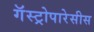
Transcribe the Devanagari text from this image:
गॅस्ट्रोपारेसीस